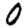
Digit: 0